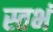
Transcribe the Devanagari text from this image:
स्तभं